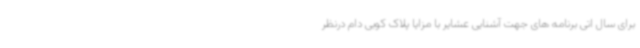
برای سال اتی برنامه های جهت آشنایی عشایر با مزایا پلاک کوبی دام درنظر